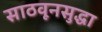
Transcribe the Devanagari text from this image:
साठवूनसुद्धा